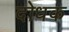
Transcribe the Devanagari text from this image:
दोधक